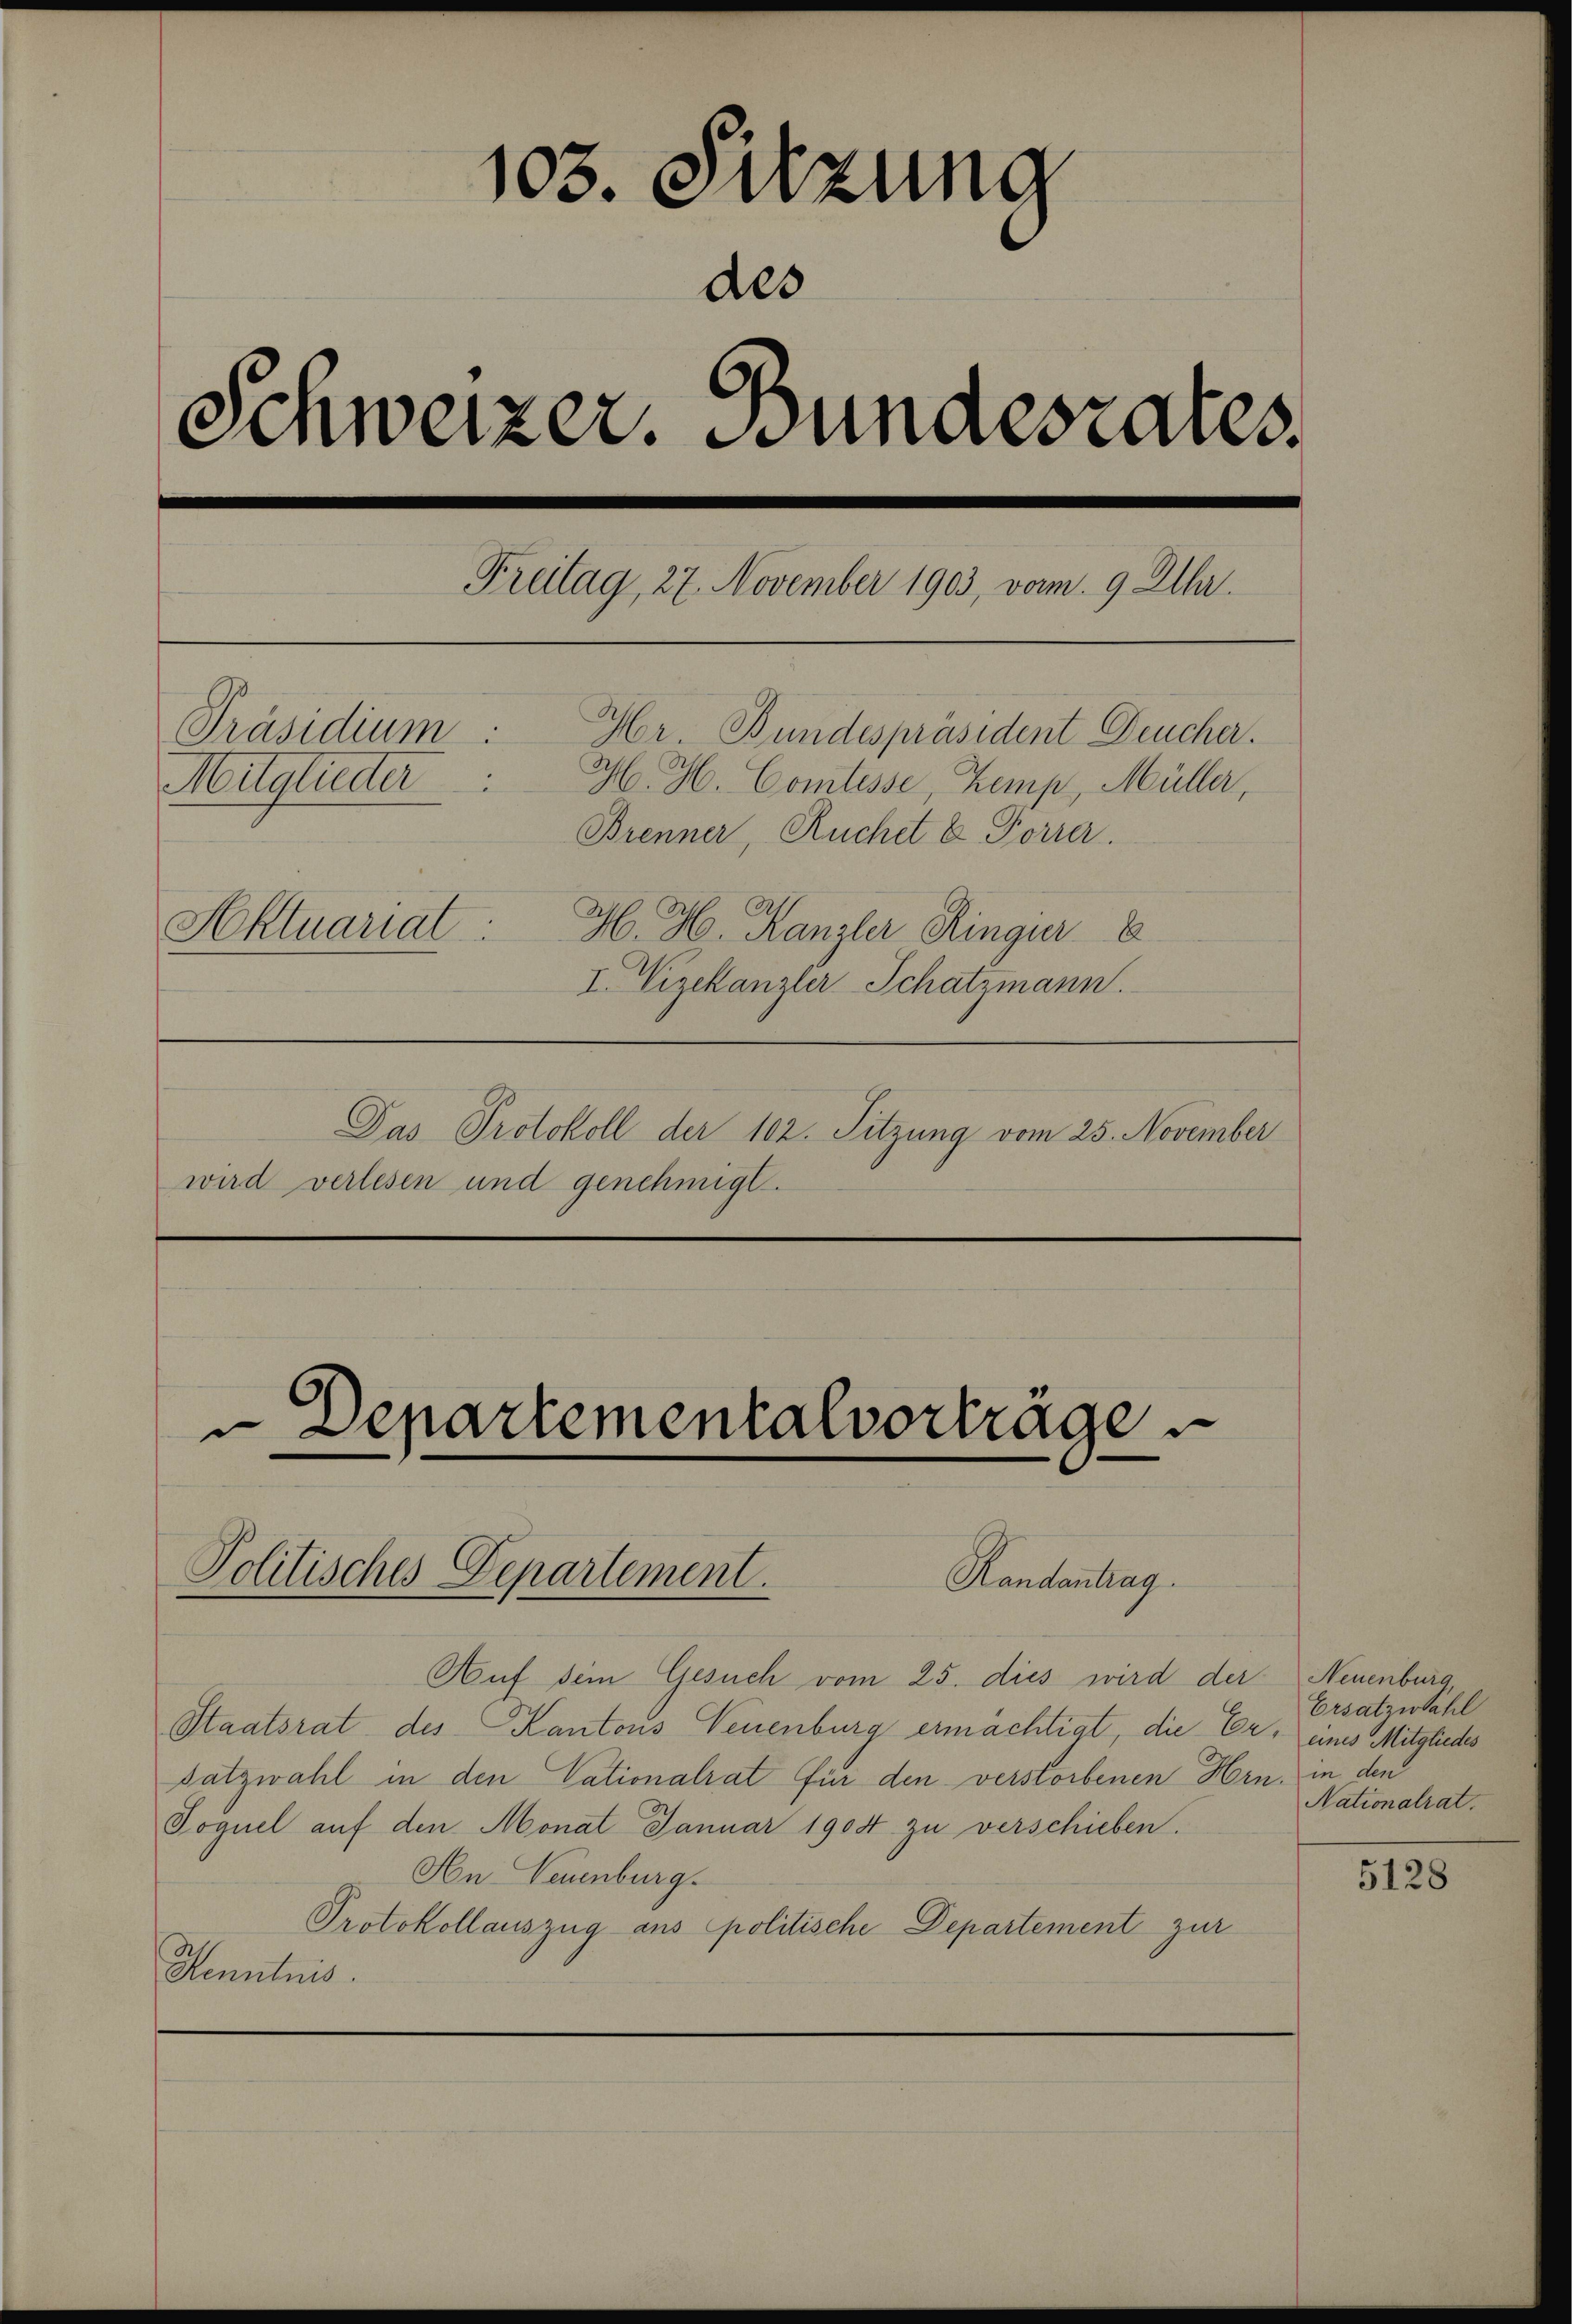
103. Sitzung
des
Schweizer. Bundesrates.

Freitag, 27. November 1903, von 9 Uhr.
Präsidium
Gr Bundespräsident Deucher.
M. H. Comtesse, Zemp, Müller,
Mitglieder
Brenner, Ruchet & Forrer.
Aktuariat
H. H. Kanzler Ringer
I Vizekanzler Schatzmann.
Das Protokoll der 102. Sitzung vom 25. November
wird verlesen und genehmigt.

u Departementalvorträge
Politisches Departement.
Handantrag

Auf dem Gesuch vom 25. dies wird der
Staatsrat des Kantons Neuenburg ermächtigt, die E
satzwahl in den Vationalrat für den verstorbenen Hrn. in den
Poguel auf den Monat Januar 1904 zu verschieben.
Hn Neuenburg.
Protokollauszug aus politische Departement zur
Stenntnis.

Neuenburg,
Ersatzwahl
2, eines Mitgliedes
Nationalrat.

5128